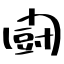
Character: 闘